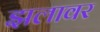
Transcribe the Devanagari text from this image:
झलावर